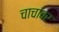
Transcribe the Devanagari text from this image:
चाचांवर